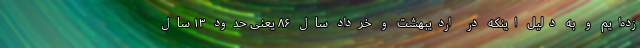
زده‌ایم و به دلیل اینکه در اردیبهشت و خرداد سال ۸۶ یعنی حدود ۱۳ سال